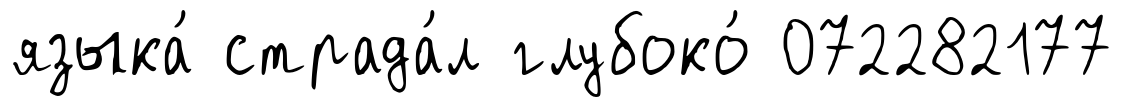
языка́ страда́л глубоко́ 072282177